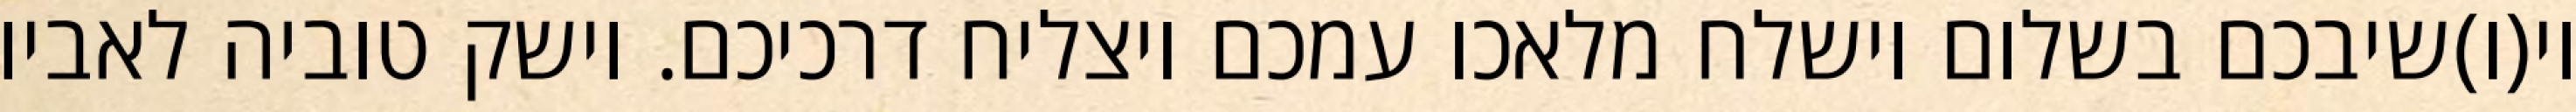
וי(ו)שיבכם בשלום וישלח מלאכו עמכם ויצליח דרכיכם. וישק טוביה לאביו